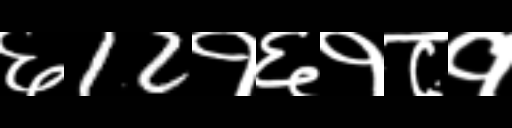
Text: ६12१६१८१